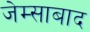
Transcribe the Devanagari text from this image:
जेम्साबाद